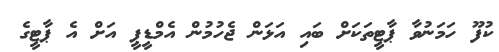
ކުފޫ ހަމަނުވާ ޕާޓީތަކަށް ބައި އަޅަން ޖެހުމުން އެމްޑީޕީ އަށް އެ ޕާޓީގެ